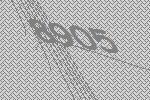
8905